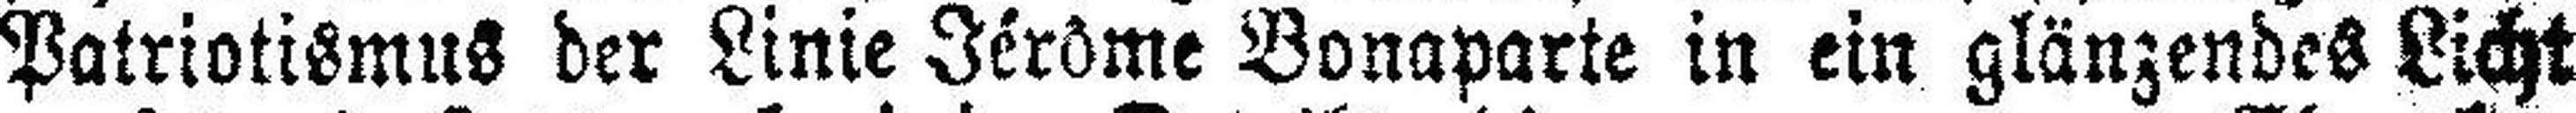
Patriotismus der Linie Jérôme Bonaparte in ein glänzendes Licht